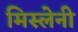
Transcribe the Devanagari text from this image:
मिस्लेनी